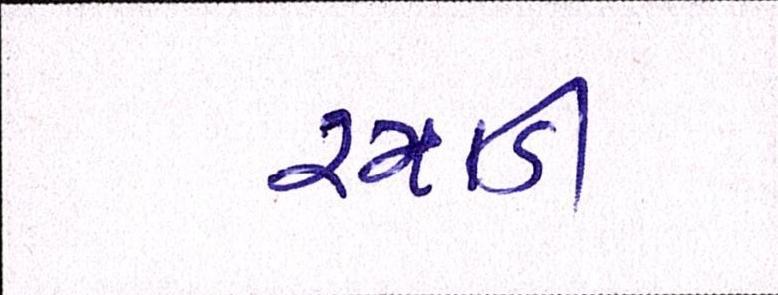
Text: રમાડી